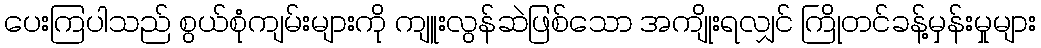
ပေးကြပါသည် စွယ်စုံကျမ်းများကို ကျူးလွန်ဆဲဖြစ်သော အကျိုးရလျှင် ကြိုတင်ခန့်မှန်းမှုများ